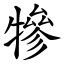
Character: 犙